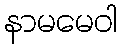
နာမမေဝါ